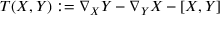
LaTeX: T ( X , Y ) : = \nabla _ { X } Y - \nabla _ { Y } X - [ X , Y ]